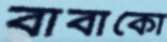
বাবাকো